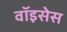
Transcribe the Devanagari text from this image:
वॉइसेस